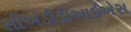
સીએડીડીઆઈએસ